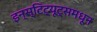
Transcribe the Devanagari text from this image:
इन्स्टिट्यूट्समधून